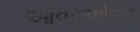
ઓવરઓવલ